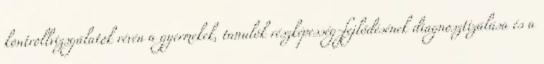
kontrollvizsgálatok révén a gyermekek, tanulók részképesség-fejlődésének diagnosztizálása és a